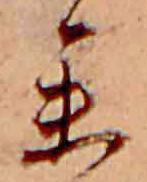
参